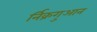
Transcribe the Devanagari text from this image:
र्निक्रगुआन